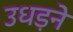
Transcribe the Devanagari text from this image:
उधड़ने